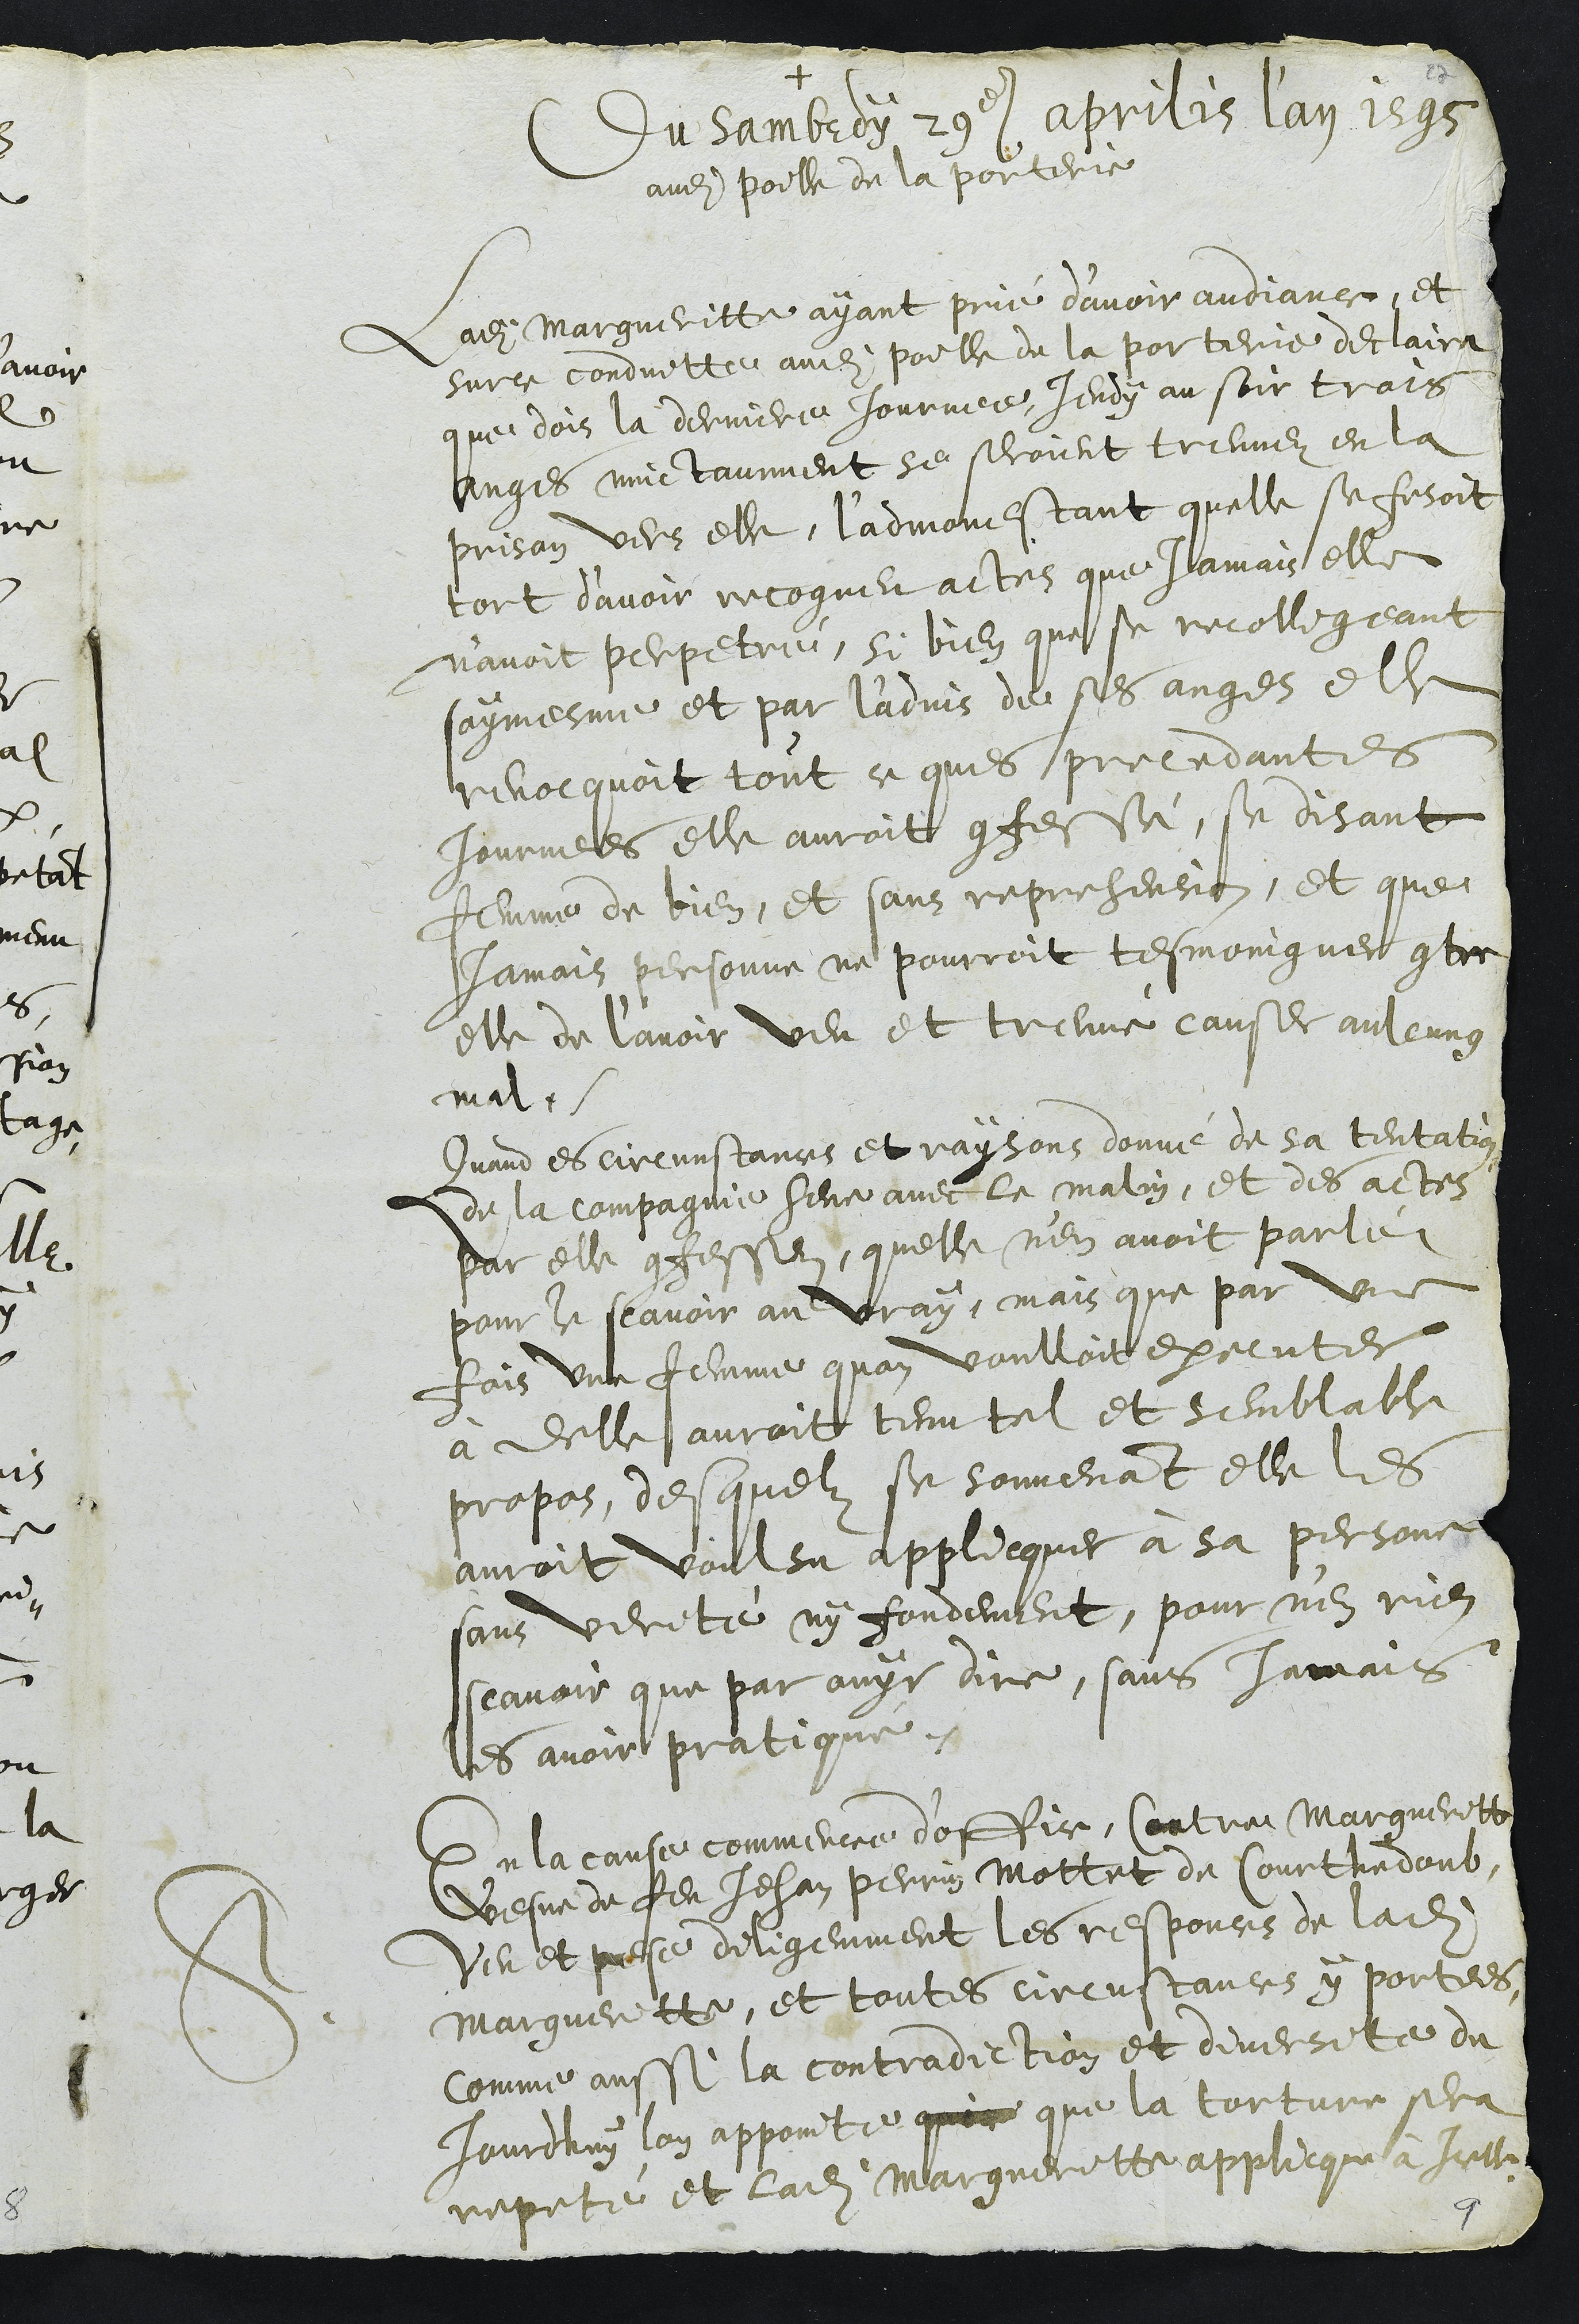
+
Du sambedy 29e aprilis l'an 1595
audit poille de la porterie
Ladite Margueritte ayant prié d’avoir audiance, et
surce conduitte audit poille de la porterie declaira
que dois la derniere journee, jeudy au soir trois
anges nuictamment se seroient treuvez en la
prison vers elle, l'admonestant quelle se fesoit
tort d’avoir recogneu actes que Jamais elle
n'avoit perpetré, si bien que se recolligeant
soymesme et par l’advis de ses anges elle
revocquoit tout ce ques precedantes
Journees elle auroit confessé, se disant
femme de bien, et sans reprehension, et que
jamais personne ne pourroit tesmoingner contre
elle de l’avoir veu et treuvé causer aulcung
mal.
Quand es circonstances et raysons donné de sa tentation
de la compagnie heue avec le malin, et des actes
par elle confessez, quelle n'en avoit parlé
pour le scavoir au vray, mais que par une
fois une femme quon voulloit executer
à Delle auroit tenu tel et semblable
propos, desquelz se souvenant elle les
auroit voulsu applicquer à sa persone
sans verité ny fondement, pour n'en rien
scavoir que par ouyr dire, sans jamais
les avoir pratiqué.
S.
En la cause commence d'office Contre Margueritte
vesve de feu Jehan Perrin Mottet de Courthedoub
veu et pese diligemment les responces de ladite
Margueritte, et toutes circustances y portees
comme aussi la contradiction et diversite du
Jourdhuy lon appointe qui ce que la torture sera
repeté et ladite Margueritte applicque à Icelle